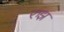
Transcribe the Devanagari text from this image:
रुझ